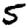
Digit: 5